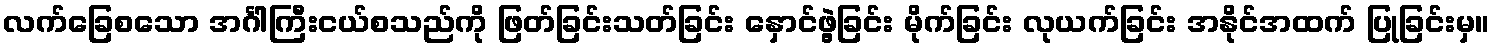
လက်ခြေစသော အင်္ဂါကြီးငယ်စသည်ကို ဖြတ်ခြင်းသတ်ခြင်း နှောင်ဖွဲ့ခြင်း မိုက်ခြင်း လုယက်ခြင်း အနိုင်အထက် ပြုခြင်းမှ။